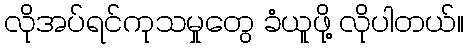
လိုအပ်ရင်ကုသမှုတွေ ခံယူဖို့ လိုပါတယ်။